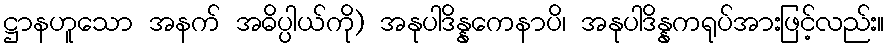
ဋ္ဌာနဟူသော အနက် အဓိပ္ပါယ်ကို) အနုပါဒိန္နကေနာပိ၊ အနုပါဒိန္နကရုပ်အားဖြင့်လည်း။